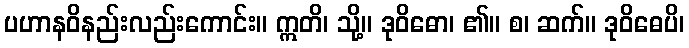
ပဟာနဝိနည်းလည်းကောင်း။ ဣတိ၊ သို့။ ဒုဝိဓော၊ ၏။ စ၊ ဆက်။ ဒုဝိဓေပိ၊